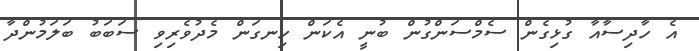
އެ ހާދިސާއާ ގުޅިގެން ސެމްސަންގުން ބުނީ އެކަން ހިނގަން މެދުވެރިވި ސަބަބު ބަލަމުންދާ